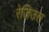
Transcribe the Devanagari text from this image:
रेजिउस